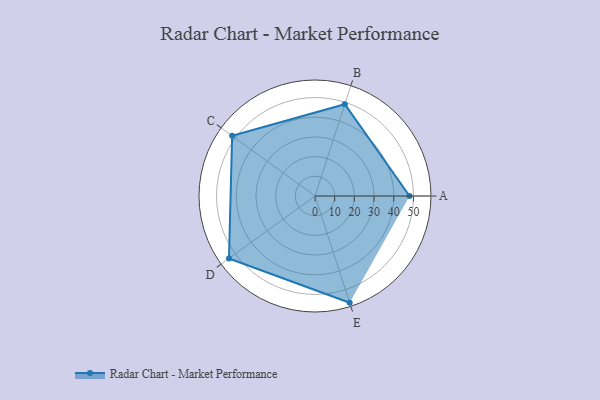
{"axis": {"x": "Skill", "y": "Score"}, "legend": ["Profile"], "data": [{"x": "A", "y": 48.0, "type": "Profile"}, {"x": "B", "y": 49.0, "type": "Profile"}, {"x": "C", "y": 52.0, "type": "Profile"}, {"x": "D", "y": 54.0, "type": "Profile"}, {"x": "E", "y": 57.0, "type": "Profile"}]}